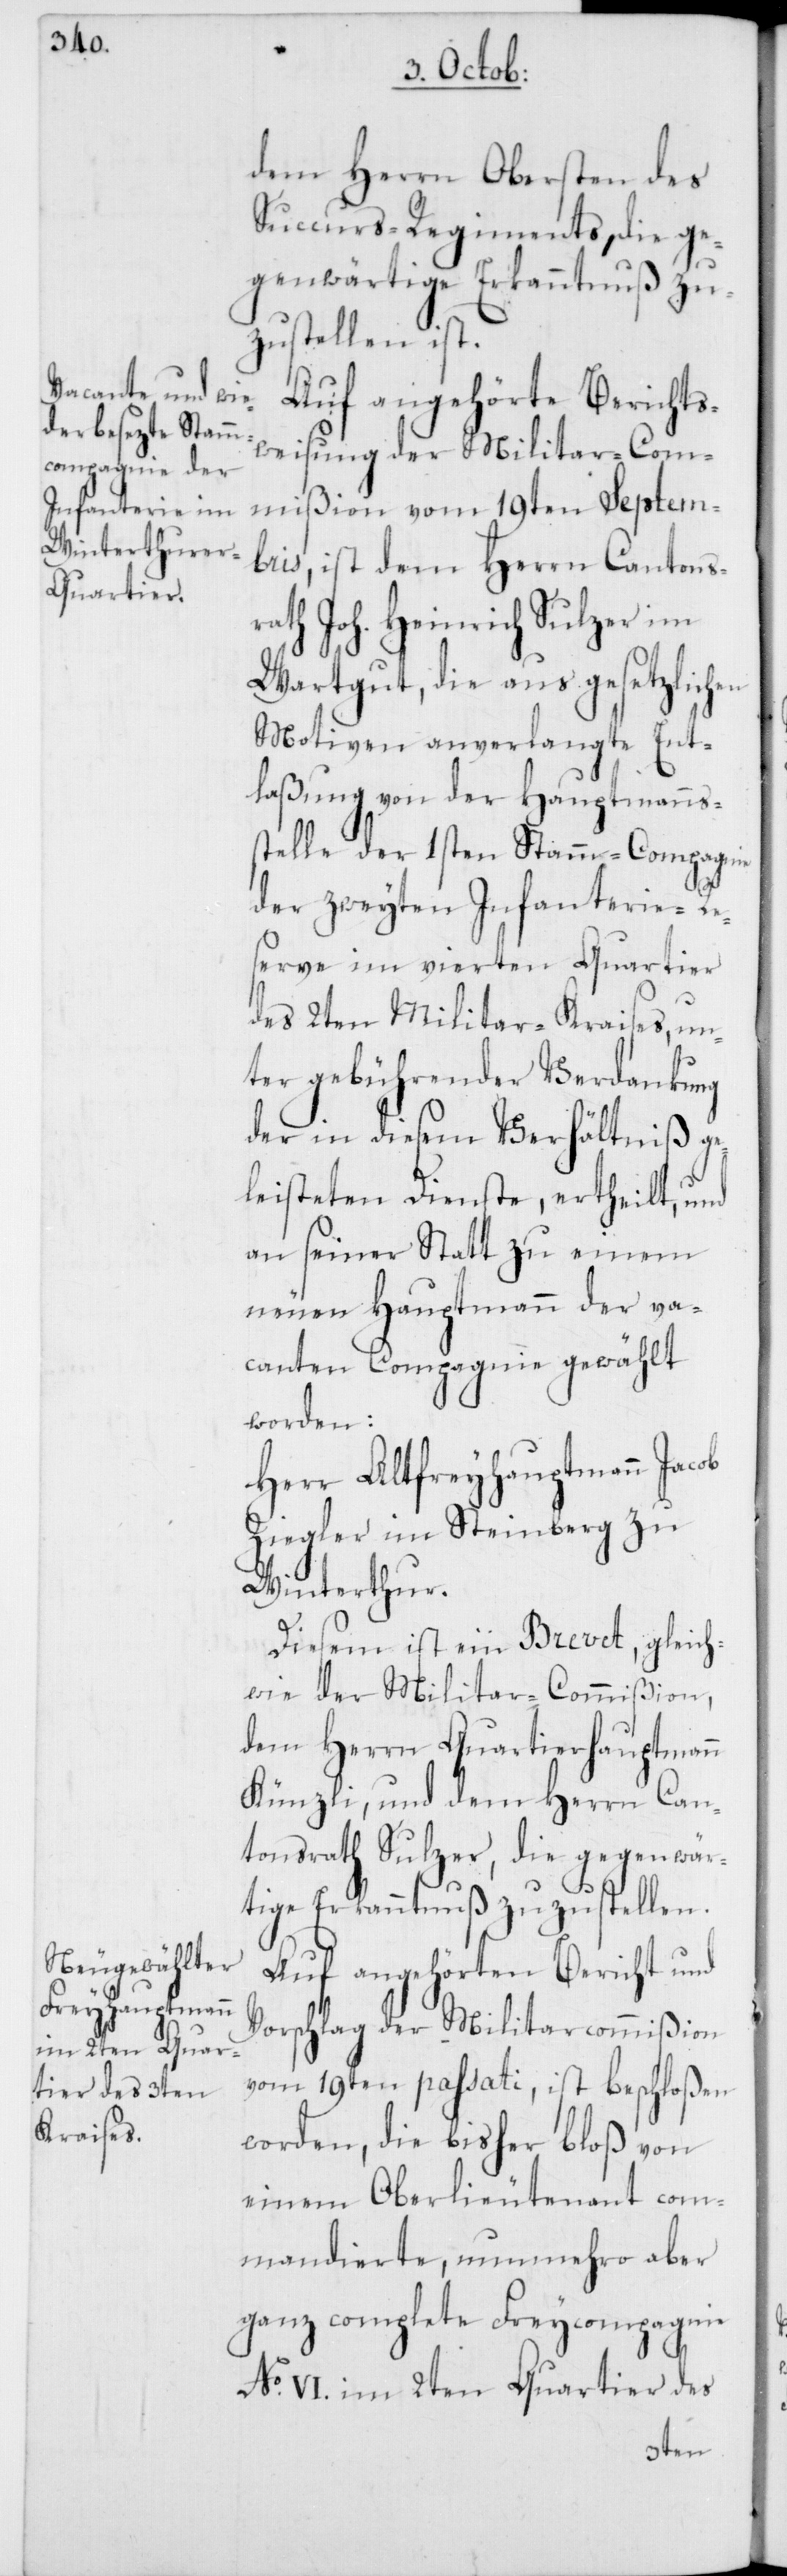
Succurs-Regiments, die ge¬
genwärtige Erkanntnuß zu¬
zustellen ist.
Auf angehörte Berichts¬
weisung der Militar-Com¬
mißion vom 19ten Septem¬
bris, ist dem Herrn Cantonsr¬
ath Joh. Heinrich Sulzer im
Wartgut, die aus gesetzlichen
Motiven anverlangte Ent¬
laßung von der Hauptmanns¬
stelle der 1sten Stamm-Compagnie
der zweyten Infanterie-Re¬
serve im vierten Quartier
des 2ten Militar-Kreises, un¬
ter gebührender Verdankung
der in diesem Verhältniß ge¬
leisteten Dienste, ertheilt, und
an seiner Statt zu einem
neuen Hauptmann der va¬
canten Compagnie gewählt
worden:
Herr Altfreyhauptmann Jacob
Ziegler im Steinberg zu
Winterthur.
Diesem ist ein Brevet, gleich¬
wie der Militar-Commißion,
dem Herrn Quartierhauptmann
Künzli, und dem Herrn Can¬
tonsrath Sulzer, die gegenwär¬
tige Erkanntnuß zuzustellen.
Auf angehörten Bericht und
Vorschlag der Militarcommißion
vom 19ten passati, ist beschloßen
worden, die bisher bloß von
einem Oberlieutenant com¬
mandierte, nunmehro aber
ganz complete Freycompagnie
No. VI. im 2ten Quartier des